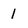
Character: 1